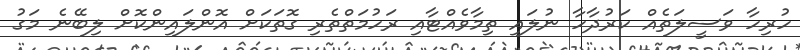
ހުރިހާ ވަސީލަތެއް ކަރުދާހާ ނުލައި ތިމާވެއްޓާއި ރަހުމަތްތެރި ގޮތަކަށް އޮންލައިންކޮށް ލިބޭނެ މަގު